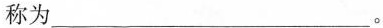
称为___。